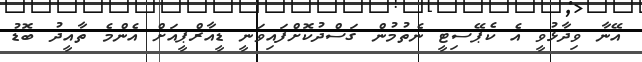
އޭނާ ވިދާޅުވީ އެ ކެޕޭސިޓީ ނެތުމުން ގަސްދުކޮށްފައިވަނީ ޑީއާރްޕީއަށް އެންމެ ތާއީދު ބޮޑު